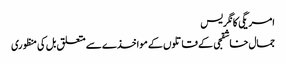
امریگی کانگریس
جمال خاشقجی کے قاتلوں کے مواخذے سے متعلق بل کی منظوری